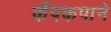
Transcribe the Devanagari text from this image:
कँपकपाने